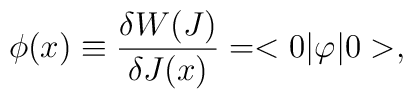
\phi(x) \equiv {\delta W(J) \over \delta J(x)} = <0|\varphi|0>,